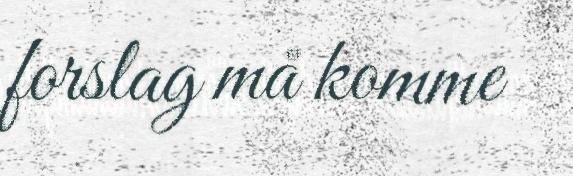
forslag må komme